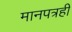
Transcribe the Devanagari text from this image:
मानपत्रही